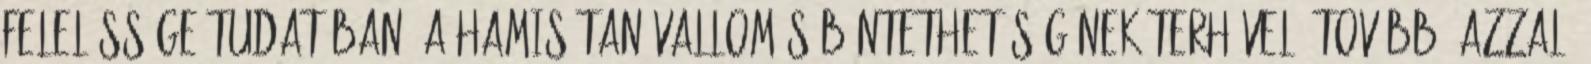
felelőssége tudatában, a hamis tanúvallomás büntethetőségének terhével, továbbá azzal,